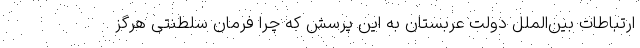
ارتباطات بین‌الملل دولت عربستان به این پرسش که چرا فرمان سلطنتی هرگز